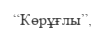
“Көрұғлы”,